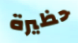
حظيرة